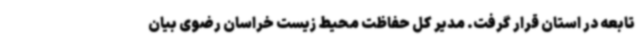
تابعه در استان قرار گرفت. مدیر کل حفاظت محیط زیست خراسان رضوی بیان